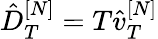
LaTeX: \hat{D}_{T}^{[N]}=T\hat{v}_{T}^{[N]}